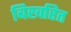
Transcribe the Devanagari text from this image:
बिखरित